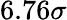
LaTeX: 6.76\sigma